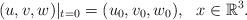
LaTeX: \begin{align*} (u, v, w)|_{t=0}=(u_0, v_0, w_0), \ \ x\in\mathbb{R}^{3}.\end{align*}